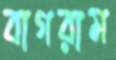
বাগরাম